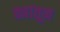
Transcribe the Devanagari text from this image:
ढ्यांतून